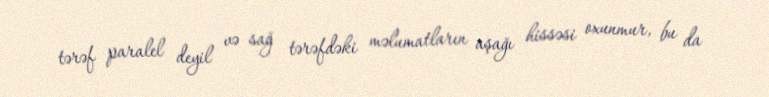
tərəf paralel deyil və sağ tərəfdəki məlumatların aşağı hissəsi oxunmur, bu da